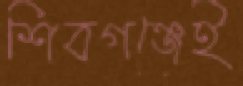
শিবগঞ্জেই